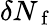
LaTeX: \delta N_{\mathrm{~f~}}